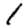
Digit: 1